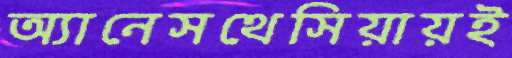
অ্যানেসথেসিয়ায়ই